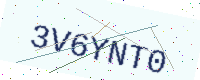
Text: 3V6YNT0